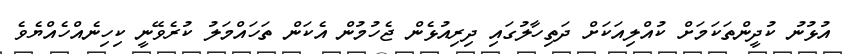
އުޅުނު ކުދީންތަކަމަށް ކުއްލިއަކަށް ދަތިހާލުގައި ދިރިއުޅެން ޖެހުމުން އެކަން ތަހައްމަލު ކުރެވޭނީ ކިހިނެއްހެއްޔެވެ